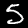
Digit: 5